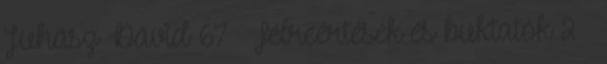
Juhász Dávid 67 Félreértések és buktatók 2 ●